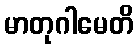
မာတုဂါမေတိ